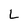
Character: L